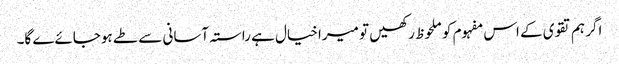
اگر ہم تقوی کے اس مفہوم کو ملحوظ رکھیں تو میرا خیال ہے راستہ آسانی سے طے ہوجائےے گا۔